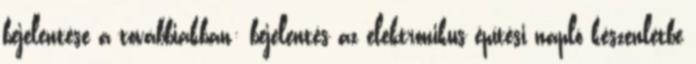
bejelentése a továbbiakban: bejelentés az elektronikus építési napló készenlétbe